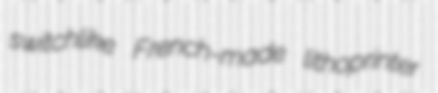
switchlike French-made lithoprinter